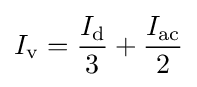
{I_{\mathrm {v} }={\frac {I_{\mathrm {d} }}{3}}+{\frac {I_{\mathrm {ac} }}{2}}}